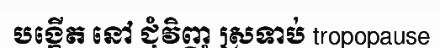
បង្កើត នៅ ជុំវិញ ស្រទាប់ tropopause